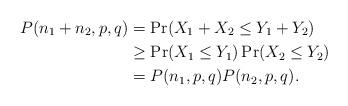
LaTeX: \begin{align*} P(n_1 + n_2, p, q) &= \Pr(X_1 + X_2 \le Y_1 + Y_2) \\ &\ge \Pr(X_1 \le Y_1) \Pr(X_2 \le Y_2) \\ &= P(n_1, p, q) P(n_2, p, q).\end{align*}